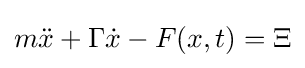
m{\ddot {x}}+\Gamma {\dot {x}}-F(x,t)=\Xi